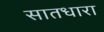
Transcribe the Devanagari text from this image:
सातधारा